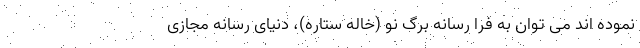
نموده اند می توان به فرا رسانه برگ نو (خاله ستاره)، دنیای رسانه مجازی